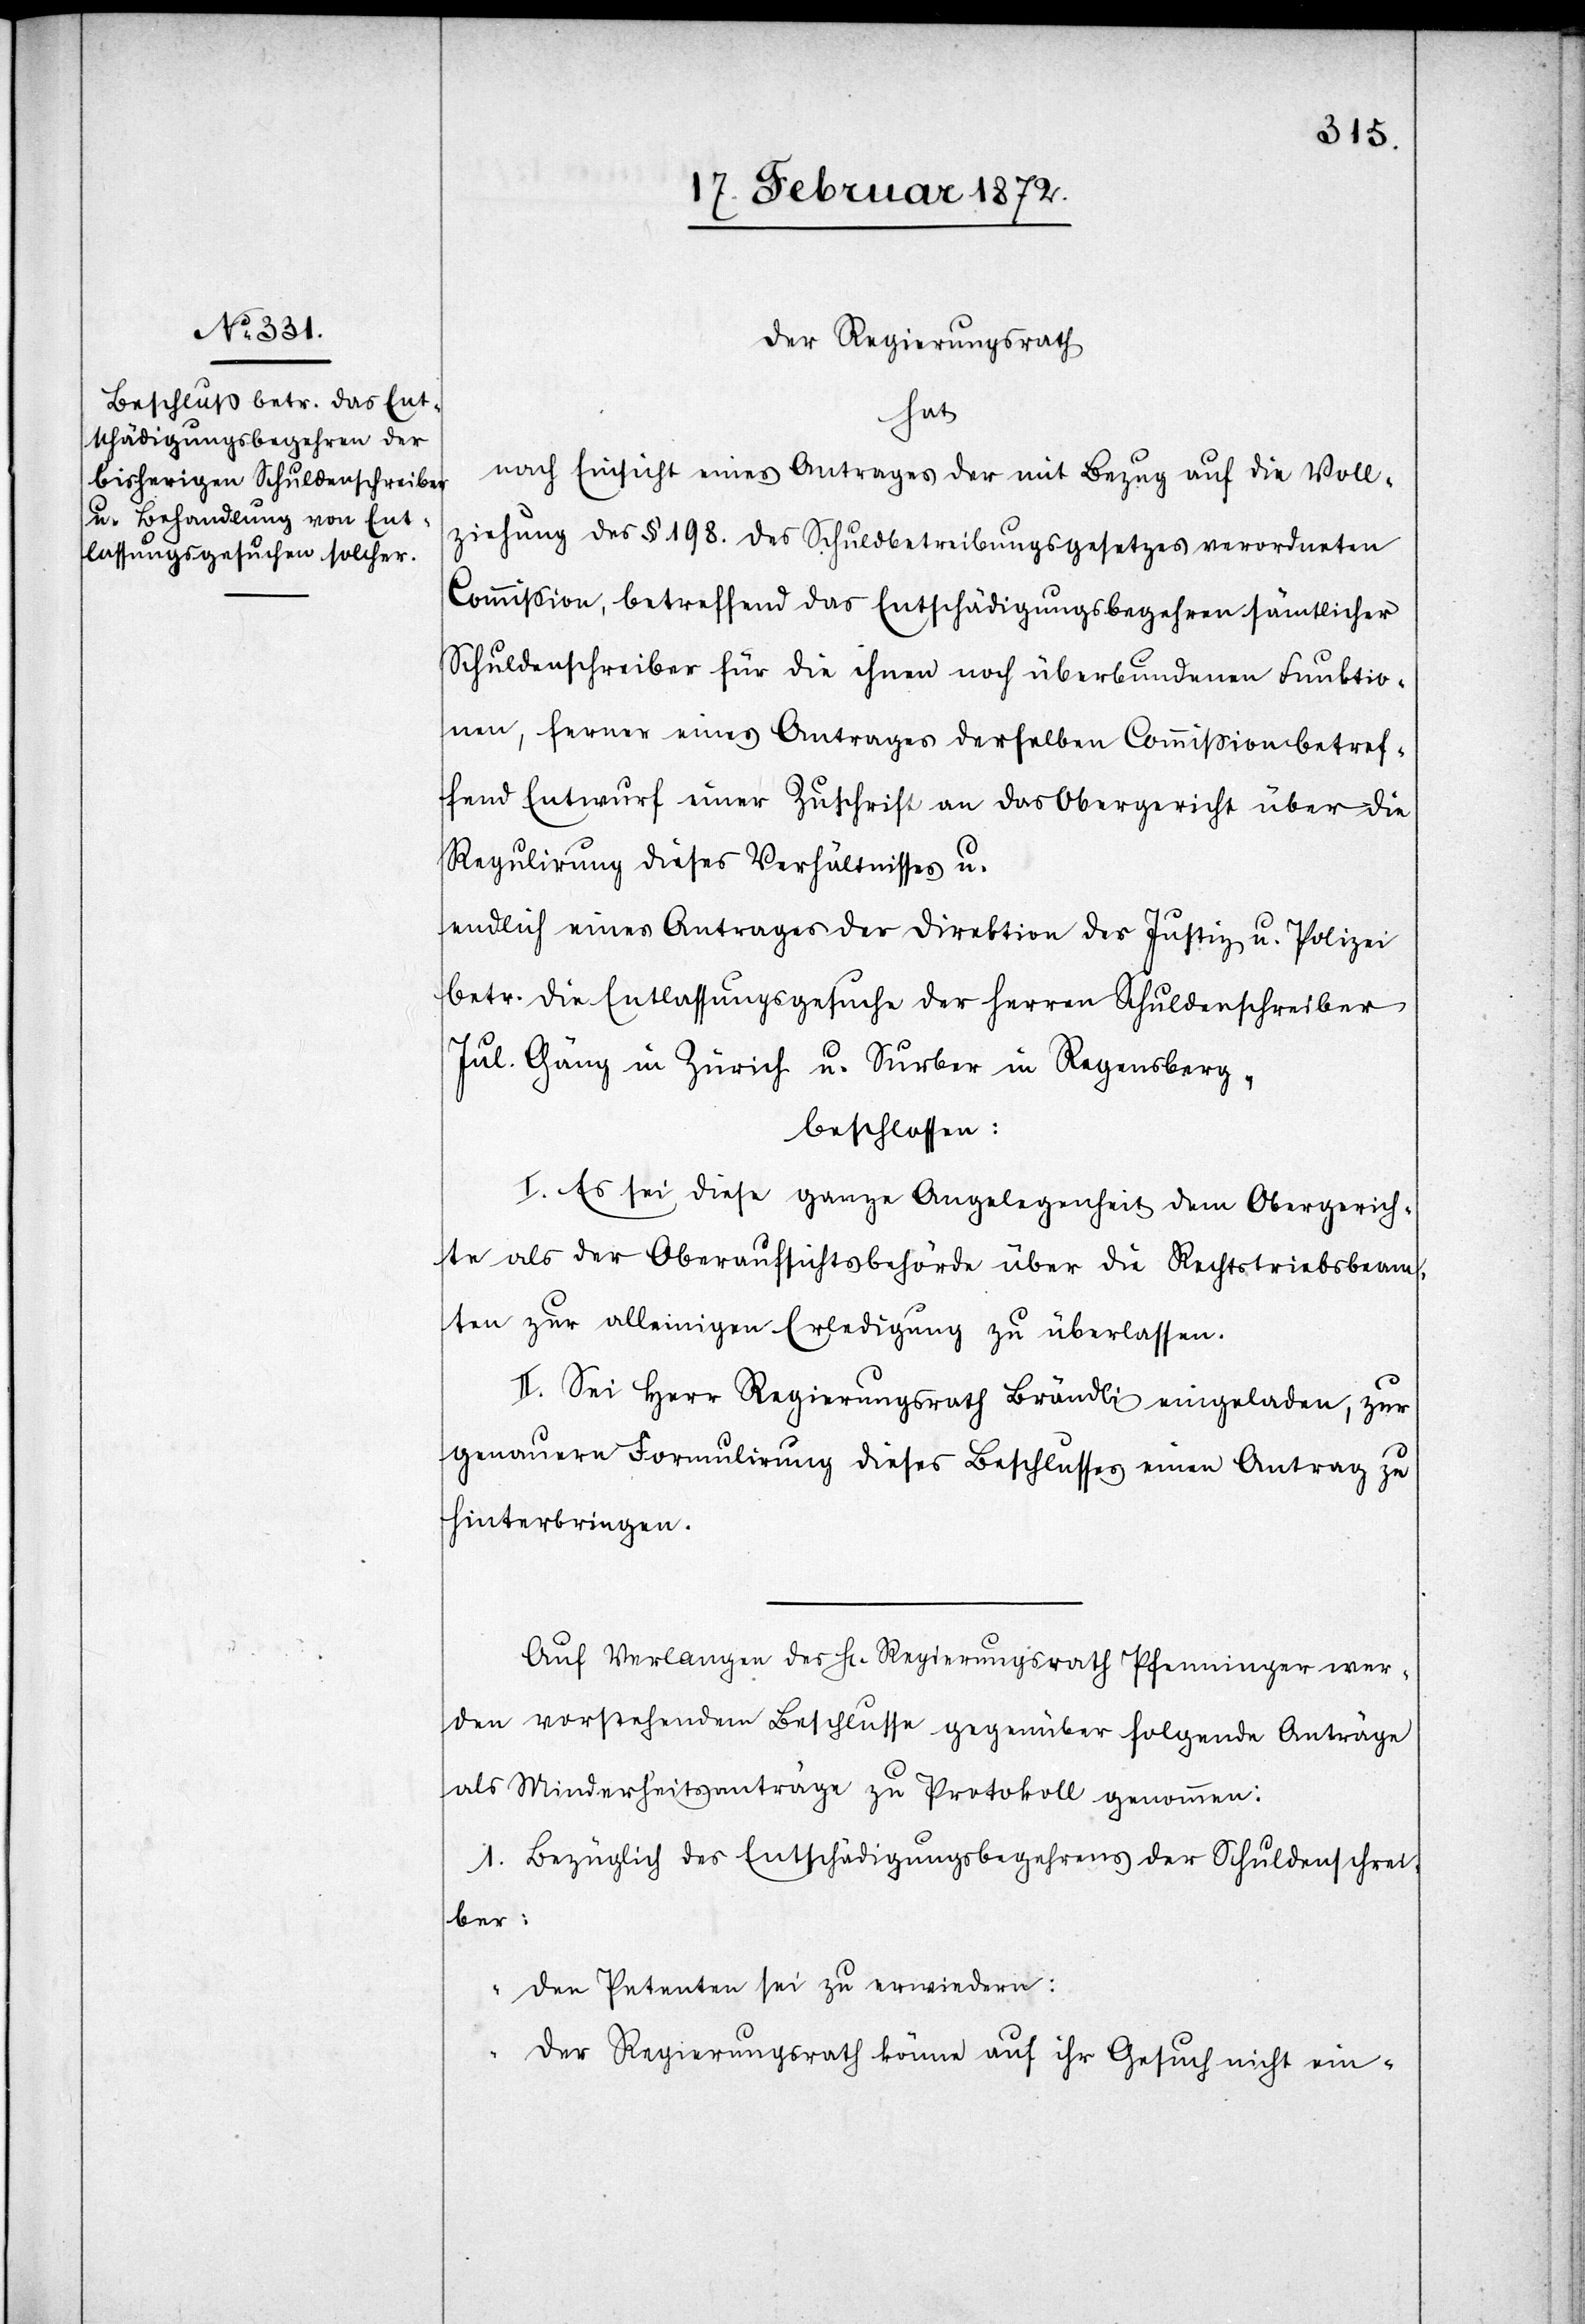
Der Regierungsrath
hat
nach Einsicht eines Antrages der mit Bezug auf die Voll¬
ziehung des § 198. des Schuldbetreibungsgesetzes verordneten
Commission, betreffend das Entschädigungsbegehren sämtlicher
Schuldenschreiber für die ihnen noch überbundenen Funktio¬
nen, ferner eines Antrages derselben Commission betref¬
fend Entwurf einer Zuschrift an das Obergericht über die
Regulirung dieses Verhältnisses u.
endlich eines Antrages der Direktion der Justiz u. Polizei
betr. die Entlassungsgesuche der Herren Schuldenschreiber
Jul. Gäng in Zürich u. Surber in Regensberg,
beschlossen:
I. Es sei diese ganze Angelegenheit dem Obergerich¬
te als der Oberaufsichtsbehörde über die Rechtstriebsbeam¬
ten zur alleinigen Erledigung zu überlassen.
II. Sei Herr Regierungsrath Brändli eingeladen, zur
genauern Formulirung dieses Beschlusses einen Antrag zu
hinterbringen.
Auf Verlangen des Hr. Regierungsrath Pfenninger wer¬
den vorstehendem Beschlusse gegenüber folgende Anträge
als Minderheitsanträge zu Protokoll genommen:
1. Bezüglich des Entschädigungsbegehrens der Schuldenschrei¬
ber:
„Den Petenten sei zu erwiedern:
Der Regierungsrath könne auf ihr Gesuch nicht ein-